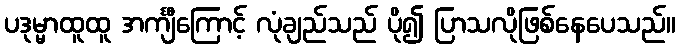
ပဒုမ္မာထူထူ အင်္ကျီကြောင့် လုံချည်သည် ပို၍ ပြာသလိုဖြစ်နေပေသည်။